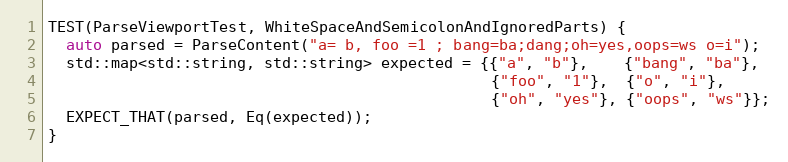
Language: C++
TEST(ParseViewportTest, WhiteSpaceAndSemicolonAndIgnoredParts) {
  auto parsed = ParseContent("a= b, foo =1 ; bang=ba;dang;oh=yes,oops=ws o=i");
  std::map<std::string, std::string> expected = {{"a", "b"},    {"bang", "ba"},
                                                 {"foo", "1"},  {"o", "i"},
                                                 {"oh", "yes"}, {"oops", "ws"}};
  EXPECT_THAT(parsed, Eq(expected));
}